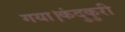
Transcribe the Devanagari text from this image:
गया।कंदुकुरी